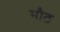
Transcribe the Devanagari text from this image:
मौठ